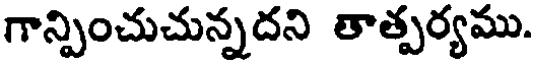
గాన్పించుచున్నదని తాత్పర్యము.